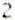
2